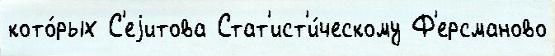
кото́рых С'еjитова Стат'ист'и́ческому Ф'ерсманово